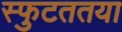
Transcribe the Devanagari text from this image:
स्फुटततया